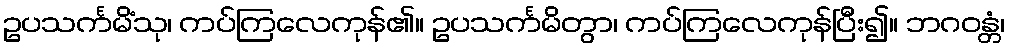
ဥပသင်္ကမိံသု၊ ကပ်ကြလေကုန်၏။ ဥပသင်္ကမိတွာ၊ ကပ်ကြလေကုန်ပြီး၍။ ဘဂဝန္တံ၊